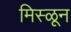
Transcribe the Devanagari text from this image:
मिस्ळून